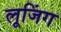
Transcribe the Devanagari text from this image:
लूजिंग